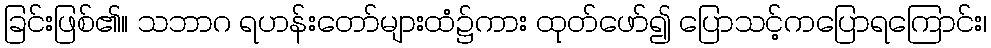
ခြင်းဖြစ်၏။ သဘာဂ ရဟန်းတော်များထံ၌ကား ထုတ်ဖော်၍ ပြောသင့်ကပြောရကြောင်း၊